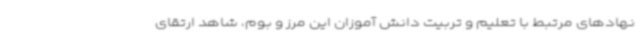
نهادهای مرتبط با تعلیم و تربیت دانش آموزان این مرز و بوم، شاهد ارتقای